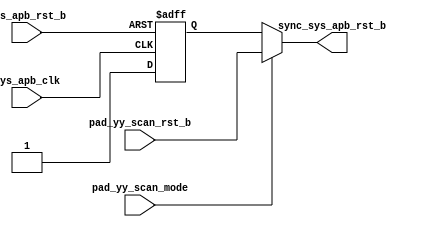
// This program was cloned from: https://github.com/T-head-Semi/opene906
// License: Apache License 2.0

/*Copyright 2020-2021 T-Head Semiconductor Co., Ltd.

Licensed under the Apache License, Version 2.0 (the "License");
you may not use this file except in compliance with the License.
You may obtain a copy of the License at

    http://www.apache.org/licenses/LICENSE-2.0

Unless required by applicable law or agreed to in writing, software
distributed under the License is distributed on an "AS IS" BASIS,
WITHOUT WARRANTIES OR CONDITIONS OF ANY KIND, either express or implied.
See the License for the specific language governing permissions and
limitations under the License.
*/

module tdt_dmi_rst_top(
  sys_apb_clk,
  sys_apb_rst_b,
  pad_yy_scan_mode,
  pad_yy_scan_rst_b,
  sync_sys_apb_rst_b
                    );

  input sys_apb_clk;
  input sys_apb_rst_b;
  input pad_yy_scan_mode;
  input pad_yy_scan_rst_b;
  output sync_sys_apb_rst_b;

  wire sync_sys_apb_rst_b;
  wire async_apb_rst_b;
  reg sys_apb_rst_ff_1st;

assign async_apb_rst_b = sys_apb_rst_b;

always @(posedge sys_apb_clk or negedge async_apb_rst_b)
begin
  if (!async_apb_rst_b)
    sys_apb_rst_ff_1st <= 1'b0;
  else
    sys_apb_rst_ff_1st <= 1'b1;
end

assign sync_sys_apb_rst_b = pad_yy_scan_mode ? pad_yy_scan_rst_b : sys_apb_rst_ff_1st;

endmodule